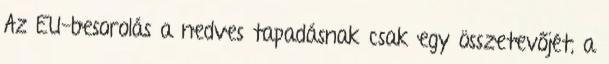
Az EU-besorolás a nedves tapadásnak csak egy összetevőjét, a